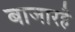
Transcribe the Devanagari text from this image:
बाजारहै